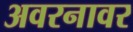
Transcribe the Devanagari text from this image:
अवरनावर